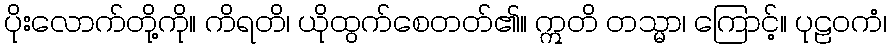
ပိုးလောက်တို့ကို။ ကိရတိ၊ ယိုထွက်စေတတ်၏။ ဣတိ တသ္မာ၊ ကြောင့်။ ပုဠဝကံ၊